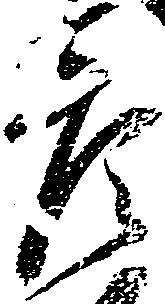
彦